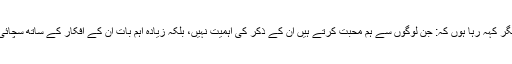
اس وجہ سے میں بار دیگر کہہ رہا ہوں کہ: جن لوگوں سے ہم محبت کرتے ہیں ان کے ذکر کی اہمیت نہیں، بلکہ زیادہ اہم بات ان کے افکار کے ساتھ سچائی اور مکمل اخلاص ہے۔